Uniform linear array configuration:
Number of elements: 64
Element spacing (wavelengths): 0.25
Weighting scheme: kaiser
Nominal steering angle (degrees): -30
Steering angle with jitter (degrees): -29.737
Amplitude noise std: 0.05
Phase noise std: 0.05

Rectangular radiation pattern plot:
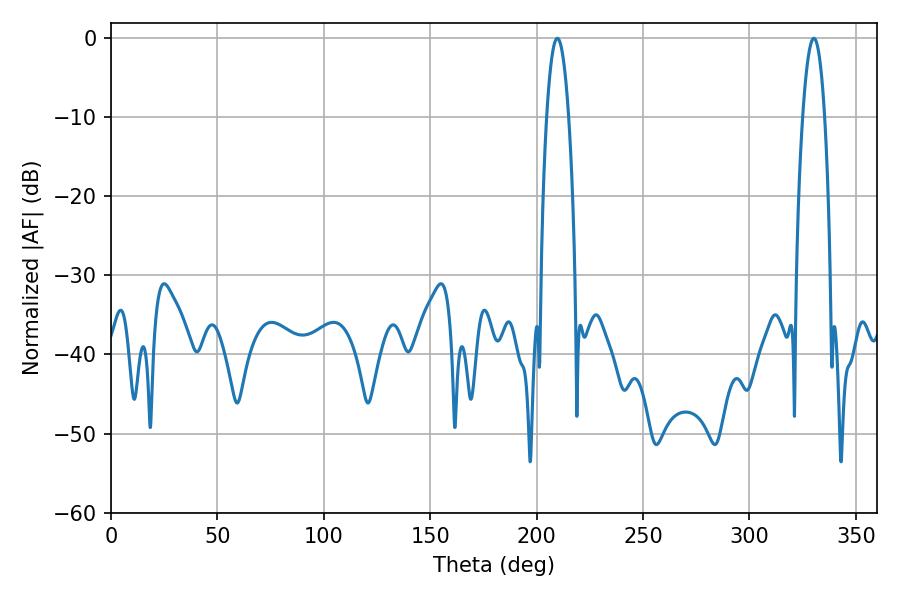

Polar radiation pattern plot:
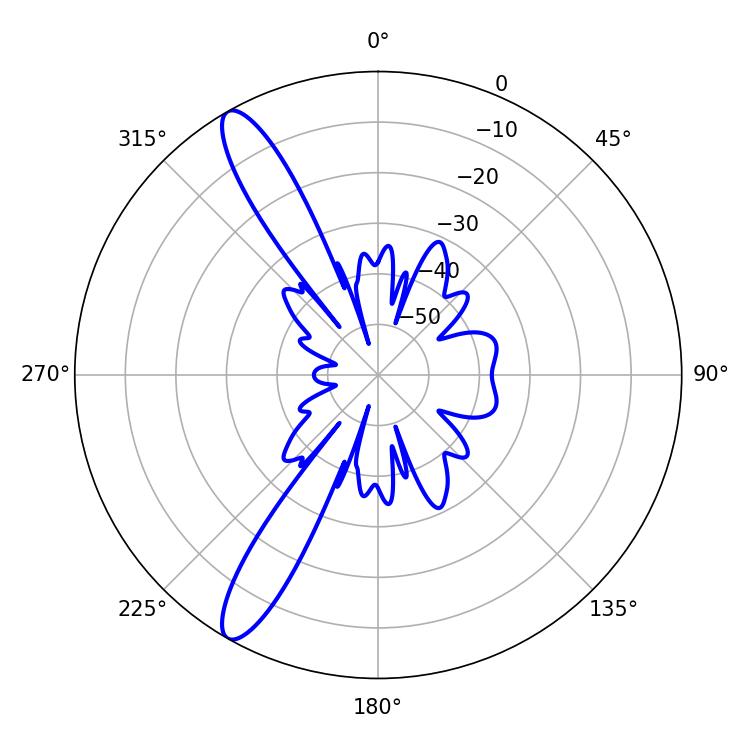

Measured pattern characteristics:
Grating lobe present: FALSE
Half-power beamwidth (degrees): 5.58
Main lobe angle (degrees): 209.7